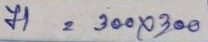
71 = 300 x 300